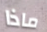
ماذا